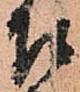
召